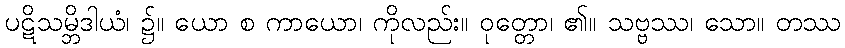
ပဋိသမ္ဘိဒါယံ၊ ၌။ ယော စ ကာယော၊ ကိုလည်း။ ဝုတ္တော၊ ၏။ သဗ္ဗဿ၊ သော။ တဿ